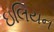
ઇલિયન